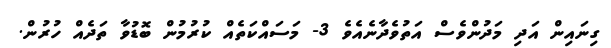
ގިނައިން އަދި މަދުންވެސް އަތުވެދާނެއެވެ 3- މަސައްކަތެއް ކުރުމުން ބޮޑުވާ ތަދެއް ހުރުން.